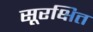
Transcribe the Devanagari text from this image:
सूरक्षित